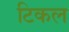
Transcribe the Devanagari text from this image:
टिकल